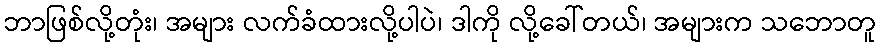
ဘာဖြစ်လို့တုံး၊ အများ လက်ခံထားလို့ပါပဲ၊ ဒါကို လို့ခေါ်တယ်၊ အများက သဘောတူ